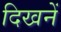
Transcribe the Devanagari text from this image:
दिखनें